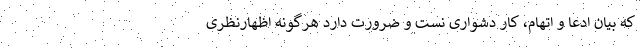
که بیان ادعا و اتهام، کار دشواری نست و ضرورت دارد هرگونه اظهارنظری